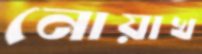
নোয়াখ